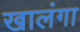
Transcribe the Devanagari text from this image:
खालंगा